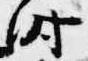
時